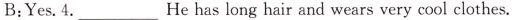
B;Yes.4.___He has long hair and wears very cool clothes.